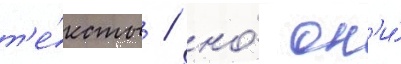
т'е́ксты / но́ он'и́